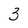
Character: 3